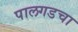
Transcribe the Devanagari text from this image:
पालगडचा